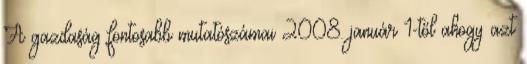
A gazdaság fontosabb mutatószámai 2008. január 1-től ahogy azt